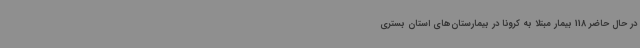
در حال حاضر 118 بیمار مبتلا به کرونا در بیمارستان‌های استان بستری